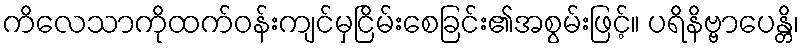
ကိလေသာကိုထက်ဝန်းကျင်မှငြိမ်းစေခြင်း၏အစွမ်းဖြင့်။ ပရိနိဗ္ဗာပေန္တိ၊